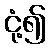
ငုံ့၍